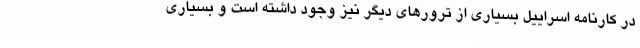
در کارنامه اسراییل بسیاری از ترورهای دیگر نیز وجود داشته است و بسیاری